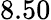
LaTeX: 8.50